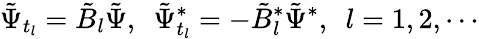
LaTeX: \tilde{\Psi}_{t_{l}}=\tilde{B}_{l}\tilde{\Psi},\ \ \tilde{\Psi}_{t_{l}}^{*}=-\tilde{B}_{l}^{*}\tilde{\Psi}^{*},\ \ l=1,2,\cdots